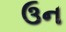
ઉન